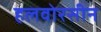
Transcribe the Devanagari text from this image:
हलवोरसीन